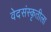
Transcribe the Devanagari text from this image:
वेदसंस्कृतीला